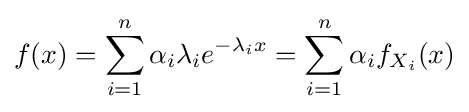
f(x)=\sum _{i=1}^{n}\alpha _{i}\lambda _{i}e^{-\lambda _{i}x}=\sum _{i=1}^{n}\alpha _{i}f_{X_{i}}(x)